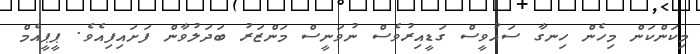
މިކަންކަން މިހެން ހިނގާ ސައުވީސް ގަޑީއިރުވެސް ނުވަނީސް މަންޒަރު ބަދަލުވާން ފަށައިފިއެވެ. ޕީޕީއެމް